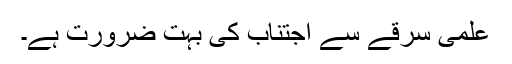
علمی سرقے سے اجتناب کی بہت ضرورت ہے۔